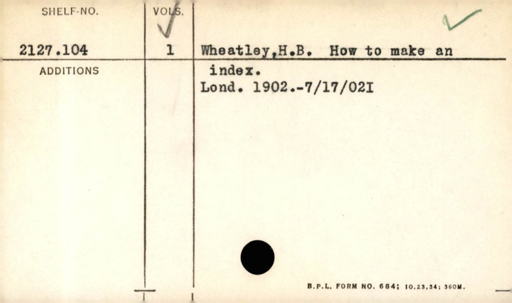
Label: content